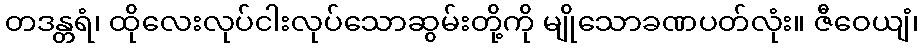
တဒန္တရံ၊ ထိုလေးလုပ်ငါးလုပ်သောဆွမ်းတို့ကို မျိုသောခဏပတ်လုံး။ ဇီဝေယျံ၊